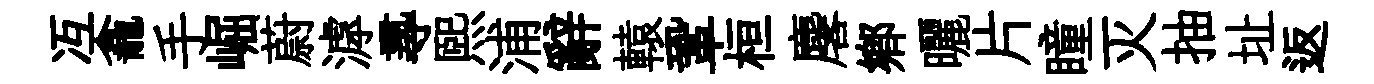
冱龕手崛蔚滹𡬶煕浦辭轅鞏桓麐鄕曬片瞳灭抽址返